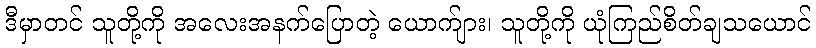
ဒီမှာတင် သူတို့ကို အလေးအနက်ပြောတဲ့ ယောက်ျား၊ သူတို့ကို ယုံကြည်စိတ်ချသယောင်